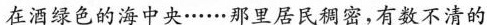
在酒绿色的海中央……那里居民稠密，有数不清的